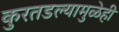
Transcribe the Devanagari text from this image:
कुरतडल्यामुळेही